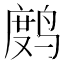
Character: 𫛻